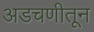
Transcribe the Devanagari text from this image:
अडचणीतून